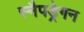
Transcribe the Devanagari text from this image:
स्नैपड्रेगन